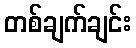
တစ်ချက်ချင်း